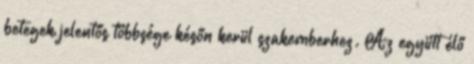
betegek jelentős többsége későn kerül szakemberhez. Az együtt élő